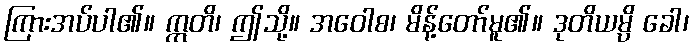
ကြားအပ်ပါ၏။ ဣတိ၊ ဤသို့။ အဝေါစ၊ မိန့်တော်မူ၏။ ဒုတိယမ္ပိ ခေါ၊